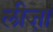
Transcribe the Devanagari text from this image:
लीजा़